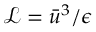
\mathcal { L } = \bar { u } ^ { 3 } / \epsilon